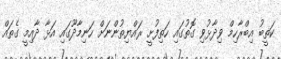
ކަތީބު އިބްރާހިމް ވިދާޅުވި ގޮތުގައި ހަތިފުށީ ރައްޔިތުންނަށް ހަނިމާދޫގައި އަޅާ ދާއިމީ ގެތައް